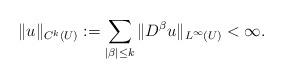
LaTeX: \begin{align*}\| u\|_{C^k(U)}:= \sum_{|\beta|\le k} \| D^{\beta} u\|_{L^{\infty}(U) } <\infty.\end{align*}